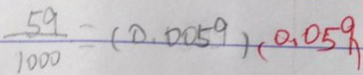
\frac { 5 9 } { 1 0 0 0 } = ( 0 . 0 0 5 9 ) ( 0 . 0 5 9 )